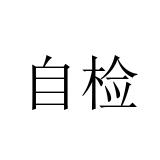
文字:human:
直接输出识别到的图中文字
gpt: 自检